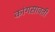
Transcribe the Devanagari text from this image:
कांगसावती